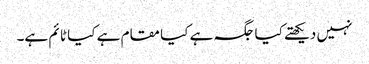
نہیں دیکھتے کیا جگہ ہے کیا مقام ہے کیا ٹا ئم ہے۔